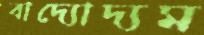
বাদ্যোদ্যম